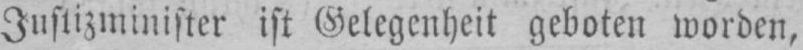
Justizminister ist Gelegenheit geboten worden,